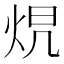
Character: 𤈋